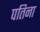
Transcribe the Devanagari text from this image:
पतिना